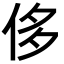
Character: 侈